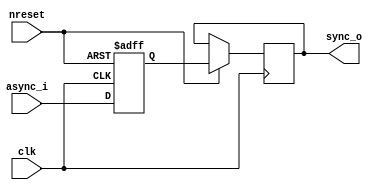
// clock domain cross sync 
module cdc_capt_sync(
		     input  clk,
		     input  nreset,
		     input  async_i,
		     output sync_o
		     );
   reg 			    d_sync1;
   reg 			    d_sync2;
   
   always @(posedge clk or negedge nreset)
     if (!nreset) 
       begin
	  d_sync1 <= 1'b0;
       end 
     else 
       begin
	  d_sync1 <= async_i;
	  d_sync2 <= d_sync1;
       end

   assign sync_o = d_sync2;
endmodule